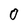
Character: 0